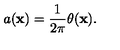
a ( { \bf x } ) = \frac { 1 } { 2 \pi } \theta ( { \bf x } ) .